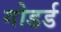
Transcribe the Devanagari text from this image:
गोडर्ड